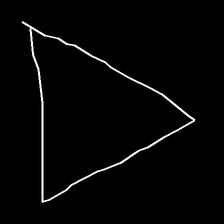
Glyph: convergence